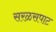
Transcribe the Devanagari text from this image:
सरळसपाट